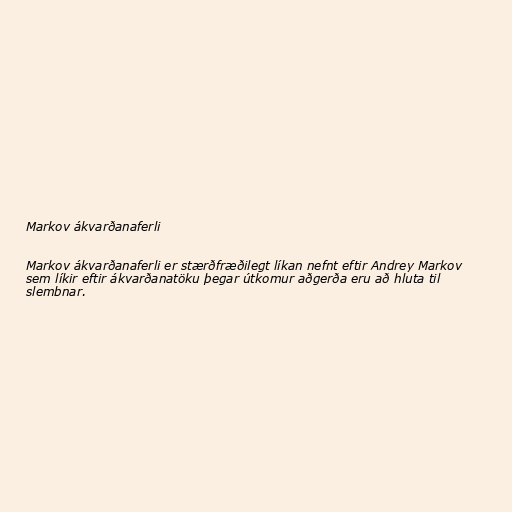
Markov ákvarðanaferli

Markov ákvarðanaferli er stærðfræðilegt líkan nefnt eftir Andrey Markov
sem líkir eftir ákvarðanatöku þegar útkomur aðgerða eru að hluta til
slembnar.